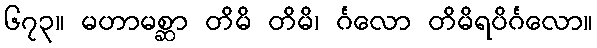
၆၇၃။ မဟာမစ္ဆာ တိမိ တိမိ၊ င်္ဂလော တိမိရပိင်္ဂလော။